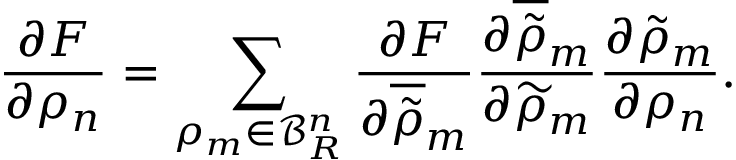
\frac { \partial F } { \partial \rho _ { n } } = \sum _ { \rho _ { m } \in \mathcal { B } _ { R } ^ { n } } \frac { \partial F } { \partial \overline { { \tilde { \rho } } } _ { m } } \frac { \partial \overline { { \tilde { \rho } } } _ { m } } { \partial \widetilde { \rho } _ { m } } \frac { \partial \tilde { \rho } _ { m } } { \partial \rho _ { n } } .